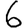
Digit: 6